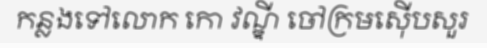
កន្លងទៅលោក កោ វណ្ឌី ចៅក្រមស៊ើបសួរ